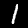
Digit: 1